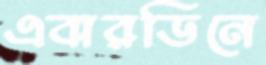
এবারডিনে